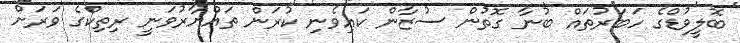
ބޮލީވުޑްގެ ހަބަރުތައް ބުނާ ގޮތުން ސުޒާން ކައިވެނި ކުރަން ތައްޔާރުވަނީ ރިތިކްގެ ވަރަށް